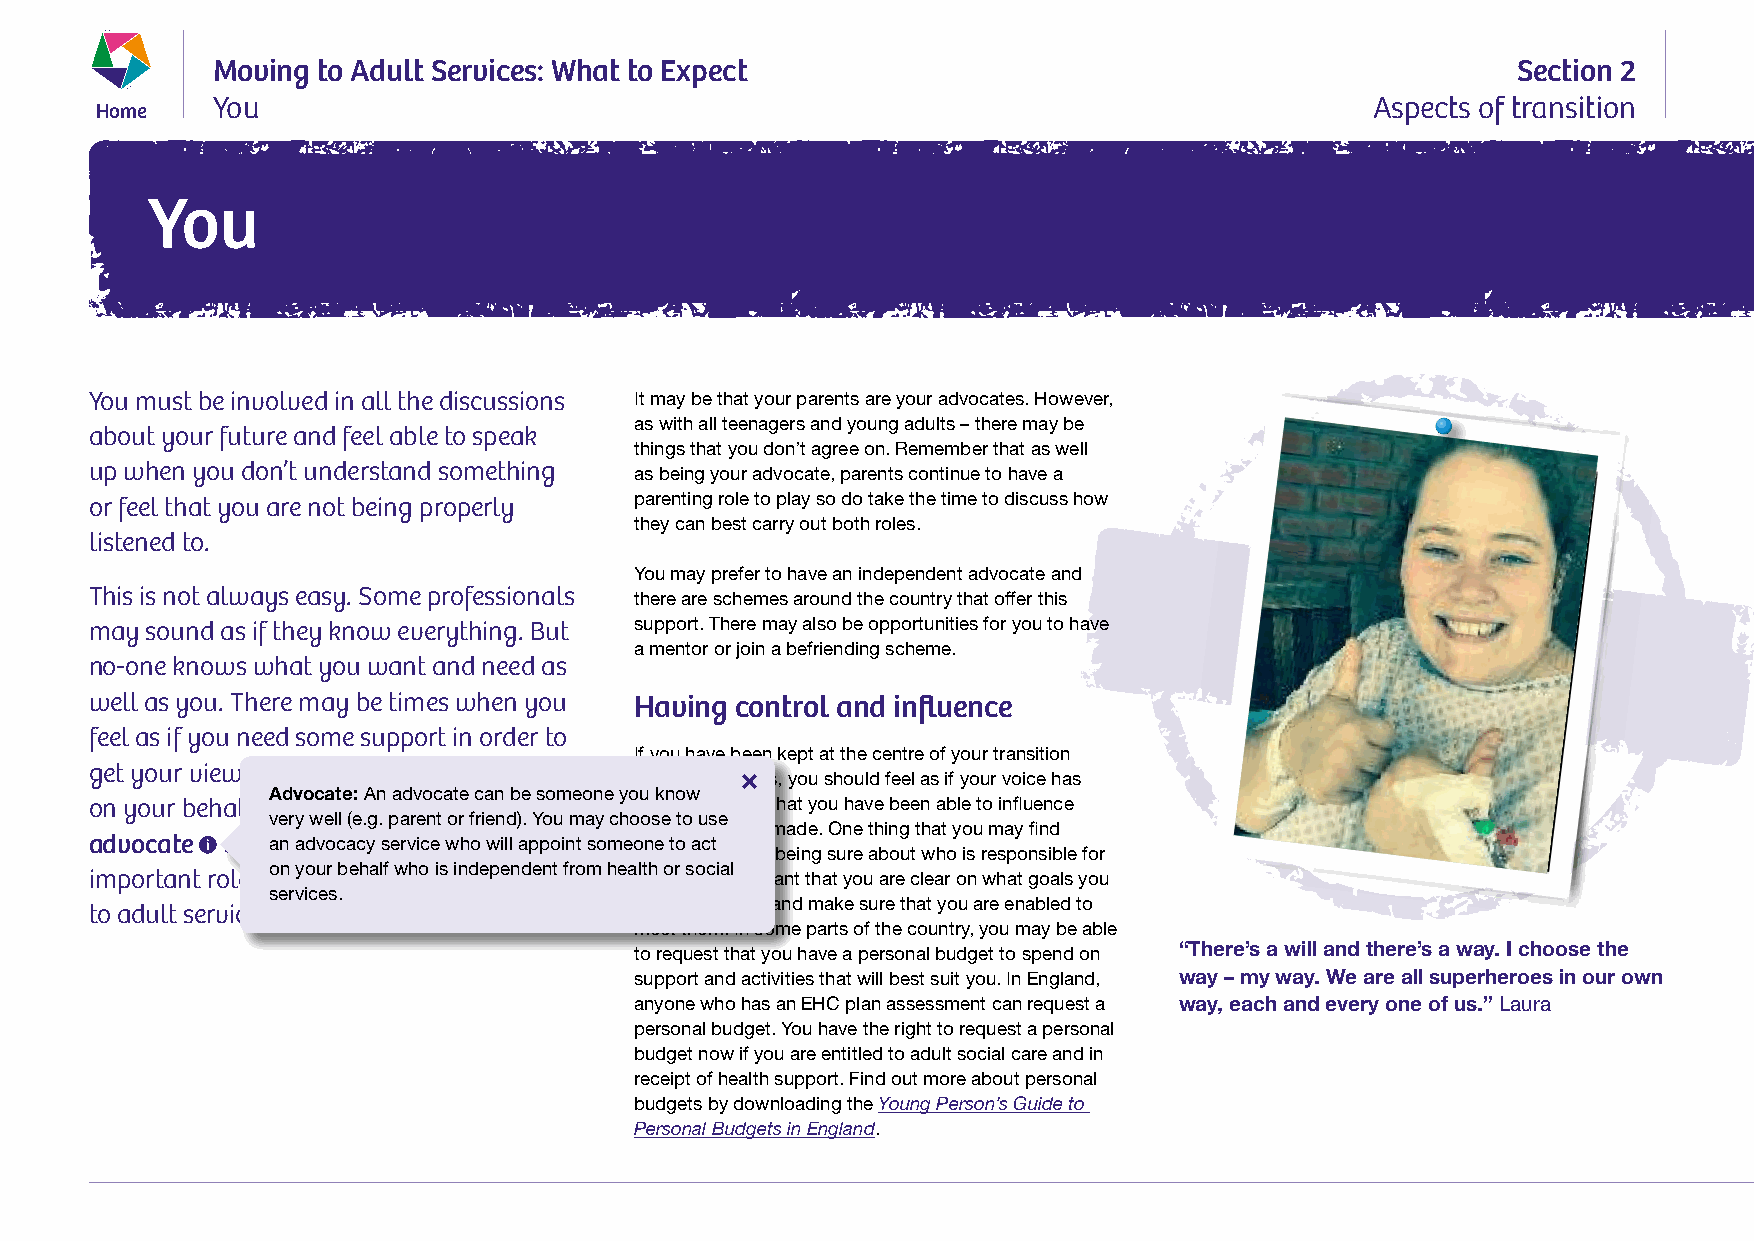
Moving to Adult Services: What to Expect                                              Section 2
 Home    You                                                                          Aspects of transition
 You
 You must be involved in all the discussions It may be that your parents are your advocates. However,
 as with all teenagers and young adults – there may be
 about your future and feel able to speak
 things that you don’t agree on. Remember that as well
 up when you don’t understand something as being your advocate, parents continue to have a
 or feel that you are not being properly parenting role to play so do take the time to discuss how
 they can best carry out both roles.
 listened to.
 You may prefer to have an independent advocate and
 This is not always easy. Some professionals there are schemes around the country that offer this
 may sound as if they know everything. But support. There may also be opportunities for you to have
 a mentor or join a befriending scheme.
 no-one knows what you want and need as
 well as you. There may be times when you Having control and influence
 feel as if you need some support in order to
 If you have been kept at the centre of your transition
 get your views heard. Someone who acts
 planning process, you should feel as if your voice has
 Advocate: An advocate can be someone you know
 on your behalf is known as an       been heard and that you have been able to influence
 very well (e.g. parent or friend). You may choose to use
 decisions being made. One thing that you may find
 advocate and atnh aedyv occaancy p slearvyic ea wnh o will appoint someone to act
 frustrating is not being sure about who is responsible for
 on your behalf who is independent from health or social
 important role in making sure your move what. It is important that you are clear on what goals you
 services.
 want to achieve and make sure that you are enabled to
 to adult services goes smoothly.
 meet them. In some parts of the country, you may be able
 to request that you have a personal budget to spend on “There’s a will and there’s a way. I choose the
 support and activities that will best suit you. In England, way – my way. We are all superheroes in our own
 anyone who has an EHC plan assessment can request a way, each and every one of us.” Laura
 personal budget. You have the right to request a personal
 budget now if you are entitled to adult social care and in
 receipt of health support. Find out more about personal
 budgets by downloading the Young Person’s Guide to
 Personal Budgets in England.